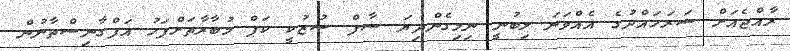
ރާއްޖެއަށް ސަރަހައްދުގެ އެއްވަނަ ލިބުނީ ނިމިގެންދިޔަ ސާފް ސުޒުކީ ކަޕް މުބާރާތަށްފަހު އަފްގާނިސްތާނުން